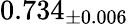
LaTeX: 0.734_{\pm 0.006}